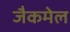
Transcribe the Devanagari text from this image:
जैकमेल